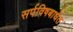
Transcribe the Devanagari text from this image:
सर्पविषबाधेत